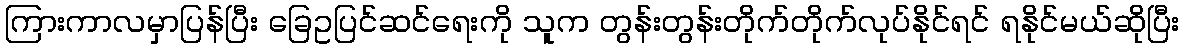
ကြားကာလမှာပြန်ပြီး ခြေဥပြင်ဆင်ရေးကို သူက တွန်းတွန်းတိုက်တိုက်လုပ်နိုင်ရင် ရနိုင်မယ်ဆိုပြီး